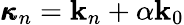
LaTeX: \pmb{\kappa}_{n}=\mathbf{k}_{n}+\alpha\mathbf{k}_{0}